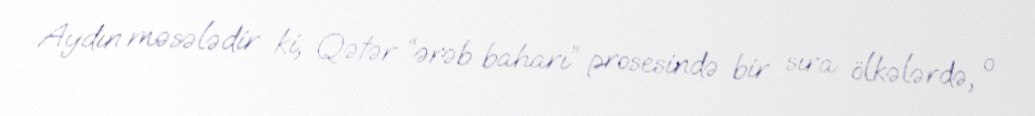
Aydın məsələdir ki, Qətər “ərəb baharı” prosesində bir sıra ölkələrdə, o